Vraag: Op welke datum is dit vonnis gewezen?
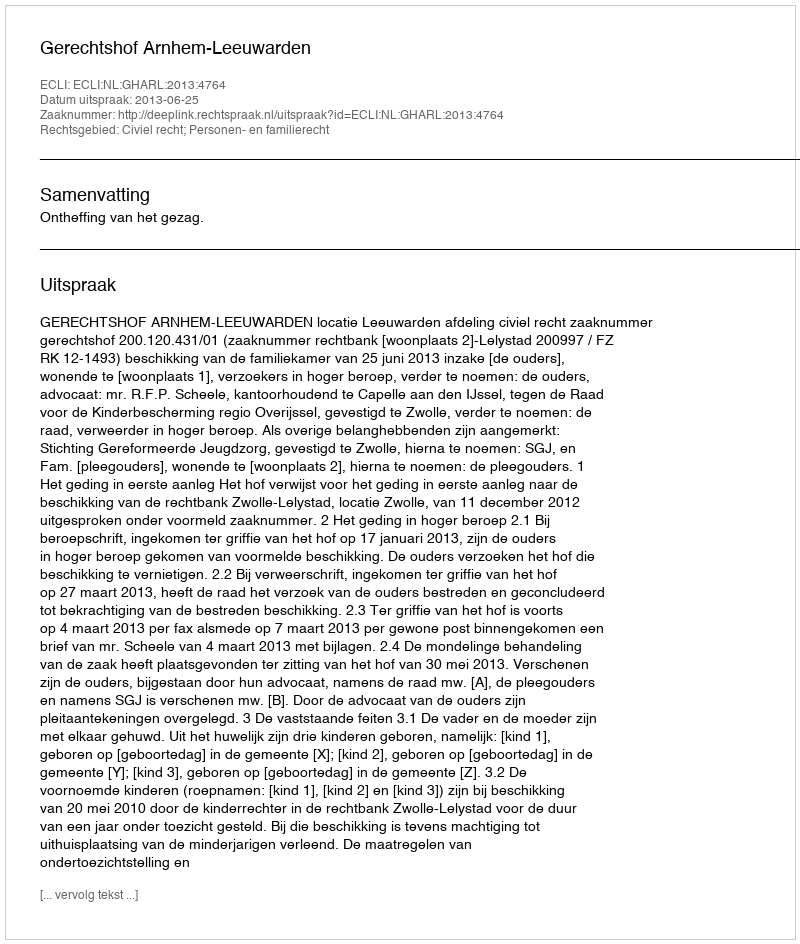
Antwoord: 2013-06-25